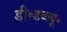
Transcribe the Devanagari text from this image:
डी॰डब्ल्यू॰